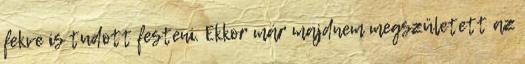
fekve is tudott festeni. Ekkor már majdnem megszületett az